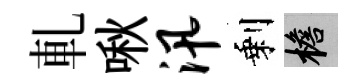
軋啾汛剩檐